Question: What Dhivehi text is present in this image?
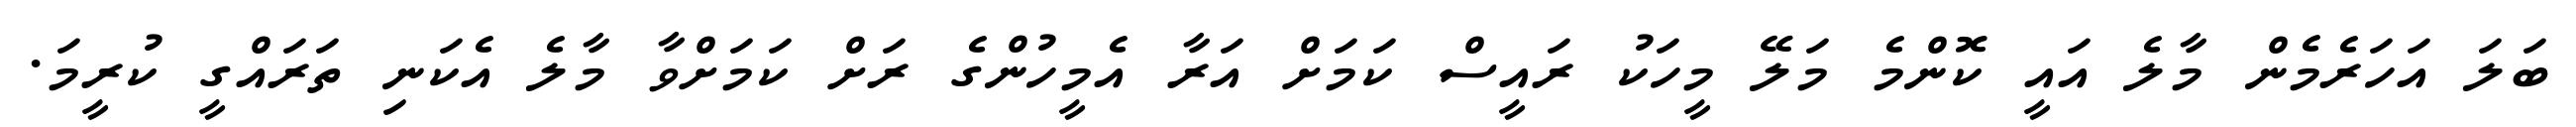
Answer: ބަލަ އަހަރެމެން މާލެ އައީ ކޮންމެ މަލޭ މީހަކު ރައީސް ކަމަށް އަރާ އެމީހުންގެ ރަށް ކަމަށްވާ މާލެ އެކަނި ތަރައްގީ ކުރީމަ.